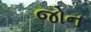
જોન